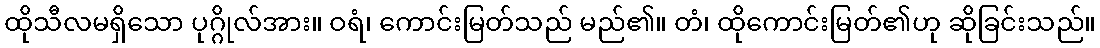
ထိုသီလမရှိသော ပုဂ္ဂိုလ်အား။ ဝရံ၊ ကောင်းမြတ်သည် မည်၏။ တံ၊ ထိုကောင်းမြတ်၏ဟု ဆိုခြင်းသည်။